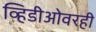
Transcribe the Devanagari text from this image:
व्हिडीओवरही